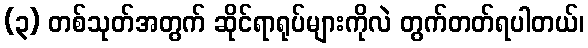
(၃) တစ်သုတ်အတွက် ဆိုင်ရာရုပ်များကိုလဲ တွက်တတ်ရပါတယ်၊